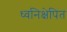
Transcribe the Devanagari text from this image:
ध्वनिक्षेपित